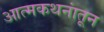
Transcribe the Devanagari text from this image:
आत्मकथनांतून